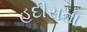
હદીસના